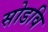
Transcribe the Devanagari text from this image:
सोडवि